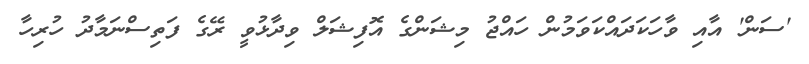
'ސަން' އާއި ވާހަކަދައްކަވަމުން ހައްޖު މިޝަންގެ އޮފިޝަލް ވިދާޅުވީ ރޭގެ ފަތިސްނަމާދު ހުރިހާ